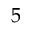
5